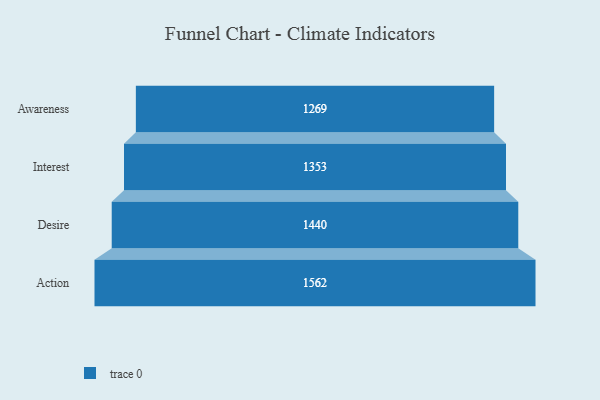
{"axis": {"x": "Stage", "y": "Value"}, "legend": [""], "data": [{"x": "Awareness", "y": 1269.0, "type": ""}, {"x": "Interest", "y": 1353.0, "type": ""}, {"x": "Desire", "y": 1440.0, "type": ""}, {"x": "Action", "y": 1562.0, "type": ""}]}